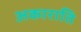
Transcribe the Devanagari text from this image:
अकाराति